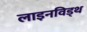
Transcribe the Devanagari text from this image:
लाइनविड्थ